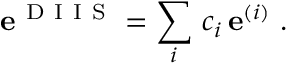
\mathbf { e } ^ { \mathrm { ~ D ~ I ~ I ~ S ~ } } = \sum _ { i } \, c _ { i } \, \mathbf { e } ^ { ( i ) } \mathrm { ~ . ~ }